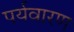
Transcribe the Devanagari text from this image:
पर्यवारण